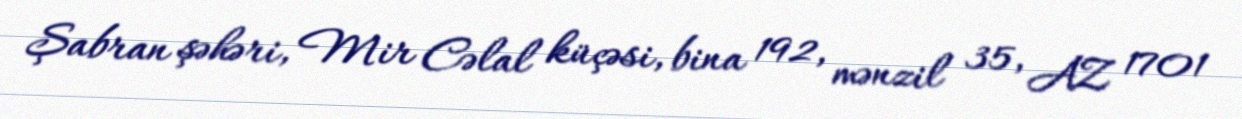
Şabran şəhəri, Mir Cəlal küçəsi, bina 192, mənzil 35, AZ 1701